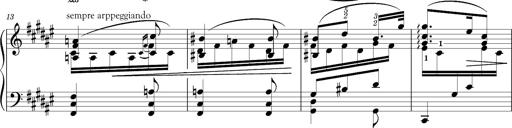
Title: Schlummerlied mit Arabesken
Composer: Franz Liszt
Key: F-sharp major